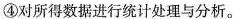
④对所得数据进行统计处理与分析。